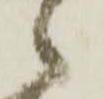
之